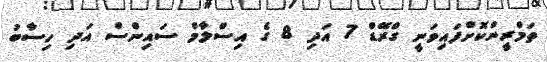
ތަމްރީންކޮށްފައިވަނީ ގްރޭޑް 7 އަދި 8 ގެ އިސްލާމް ސައިންސް އަދި ހިސާބު